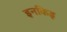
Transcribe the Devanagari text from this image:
इनकिइ